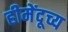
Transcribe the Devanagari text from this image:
हीमेंदूच्य